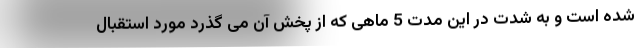
شده است و به شدت در این مدت 5 ماهی که از پخش آن می گذرد مورد استقبال